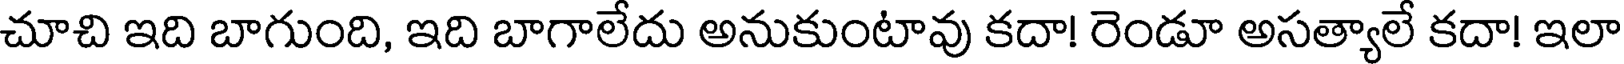
చూచి ఇది బాగుంది, ఇది బాగాలేదు అనుకుంటావు కదా! రెండూ అసత్యాలే కదా! ఇలా